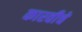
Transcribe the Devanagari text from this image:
कारवीचे